Civil Veterinary Dept. Assam report 1927-50 - 1927-1950
Year: 1927
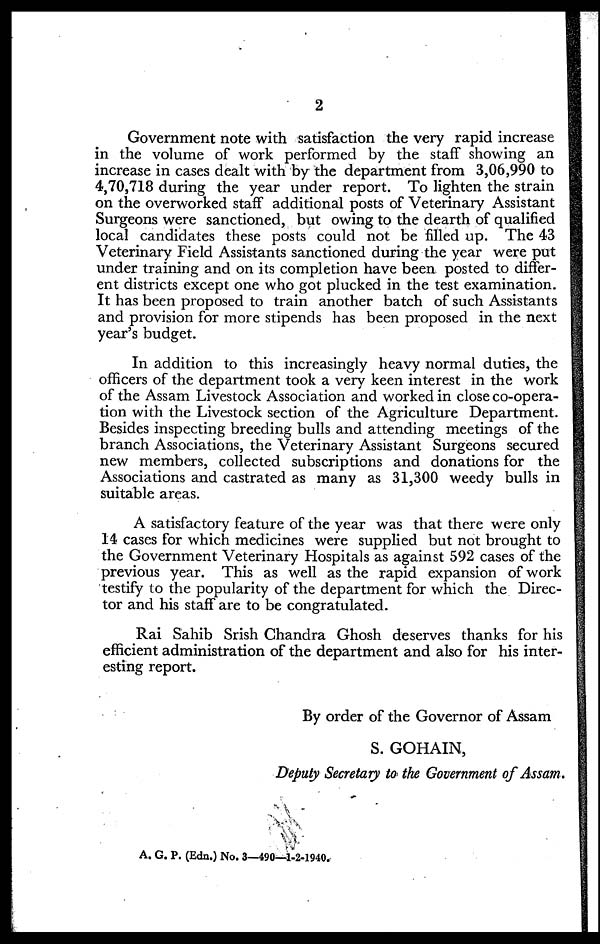
2
Government note with satisfaction the very rapid increase
in the volume of work performed by the staff showing an
increase in cases dealt with by the department from 3,06,990 to
4,70,718 during the year under report. To lighten the strain
on the overworked staff additional posts of Veterinary Assistant
Surgeons were sanctioned, but owing to the dearth of qualified
local candidates these posts could not be filled up. The 43
Veterinary Field Assistants sanctioned during the year were put
under training and on its completion have been posted to differ-
ent districts except one who got plucked in the test examination.
It has been proposed to train another batch of such Assistants
and provision for more stipends has been proposed in the next
year's budget.
In addition to this increasingly heavy normal duties, the
officers of the department took a very keen interest in the work
of the Assam Livestock Association and worked in close co-opera-
tion with the Livestock section of the Agriculture Department.
Besides inspecting breeding bulls and attending meetings of the
branch Associations, the Veterinary Assistant Surgeons secured
new members, collected subscriptions and donations for the
Associations and castrated as many as 31,300 weedy bulls in
suitable areas.
A satisfactory feature of the year was that there were only
14 cases for which medicines were supplied but not brought to
the Government Veterinary Hospitals as against 592 cases of the
previous year. This as well as the rapid expansion of work
testify to the popularity of the department for which the Direc-
tor and his staff are to be congratulated.
Rai Sahib Srish Chandra Ghosh deserves thanks for his
efficient administration of the department and also for his inter-
esting report.
By order of the Governor of Assam
S. GOHAIN,
Deputy Secretary to the Government of Assam.
A. G. P. (Edn.) No. 3—490-1-2-1940,